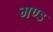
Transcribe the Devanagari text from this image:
मण्ड